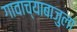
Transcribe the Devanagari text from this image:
गावाच्याबाजुला